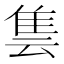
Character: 𨾜